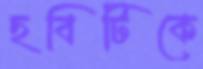
ছবিটিকে